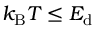
k _ { \mathrm { B } } T \leq E _ { \mathrm { d } }